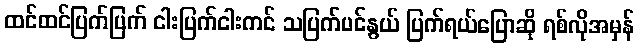
ထင်ထင်ပြက်ပြက် ငါးပြက်ငါးကင် သပြက်ပင်နွယ် ပြက်ရယ်ပြောဆို ရစ်လိုအမှန်